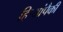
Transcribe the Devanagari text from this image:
हिर्‍यांपैकी